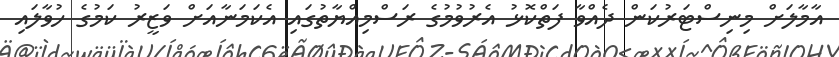
އާމާލަށް މިނިސްޓަރުކަން ދެއްވާ ފަތްކޮޅު އެރުވުމުގެ ރަސްމިއްޔާތުގައި އެކަމަނާއަށް ވަޒީރު ކަމުގެ ހުވާލައި